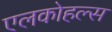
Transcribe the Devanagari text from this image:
एलकोहल्स